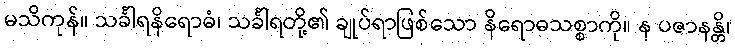
မသိကုန်။ သင်္ခါရနိရောဓံ၊ သင်္ခါရတို့၏ ချုပ်ရာဖြစ်သော နိရောဓသစ္စာကို။ န ပဇာနန္တိ၊